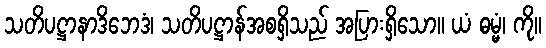
သတိပဋ္ဌာနာဒိဘေဒံ၊ သတိပဋ္ဌာန်အစရှိသည် အပြားရှိသော။ ယံ ဓမ္မံ၊ ကို။